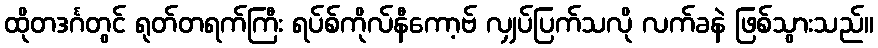
ထိုတဒင်္ဂတွင် ရုတ်တရက်ကြီး ရပ်စ်ကိုလ်နီကော့ဗ် လျှပ်ပြက်သလို လက်ခနဲ ဖြစ်သွားသည်။